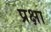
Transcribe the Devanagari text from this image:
प्रक्षा